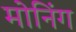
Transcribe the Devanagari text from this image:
मोनिंग